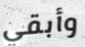
وأبقي